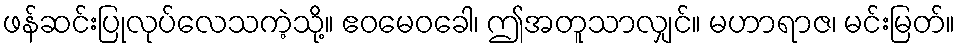
ဖန်ဆင်းပြုလုပ်လေသကဲ့သို့။ ဧဝမေဝခေါ၊ ဤအတူသာလျှင်။ မဟာရာဇ၊ မင်းမြတ်။